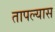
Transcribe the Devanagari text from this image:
तापल्यास